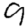
Digit: 9